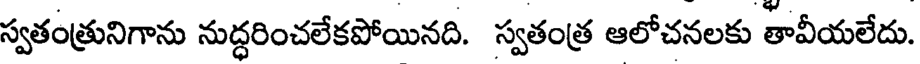
స్వతంత్రునిగాను నుద్ధరించలేకపోయినది. స్వతంత్ర ఆలోచనలకు తావీయలేదు.